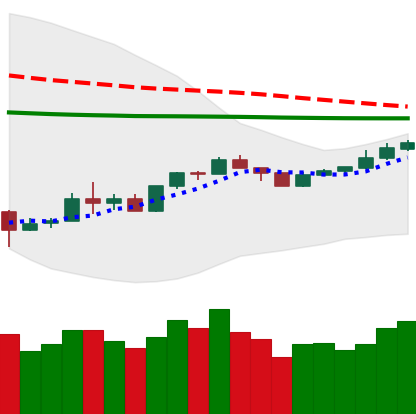
Ticker: XMR-USD
Chart end date: 2020-04-04
Forward return: 7.768%
Label: up_7plus